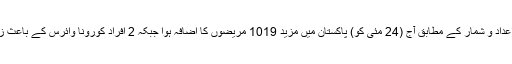
سرکاری سطح پر فراہم کردہ اعداد و شمار کے مطابق آج (24 مئی کو) پاکستان میں مزید 1019 مریضوں کا اضافہ ہوا جبکہ 2 افراد کورونا وائرس کے باعث زندگی کی بازی بھی ہار گئے۔